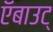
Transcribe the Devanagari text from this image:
ऍबाउट्